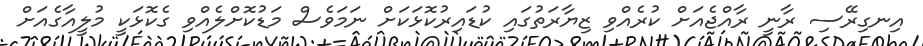
އިނގިރޭސި ރާނީ ރާއްޖެއަށް ކުރެއްވި ޒިޔާރަތުގައި ކުޑައިރުކޮޅަކަށް ނަމަވެސް މަޑުކޮށްލެއްވި ގެކޮޅަކީ މުލީއާގެއަށް